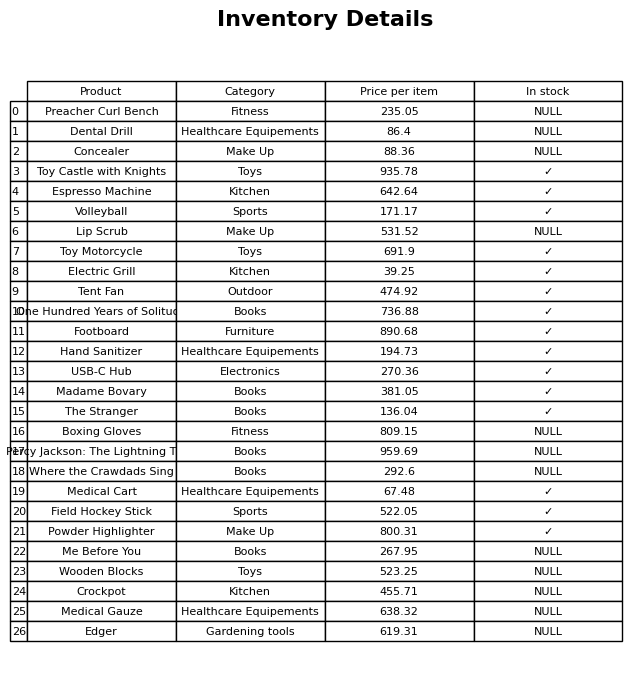
question: What category does the Wooden Blocks belong to?
answer: Toys